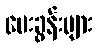
မေးခွန်းများ